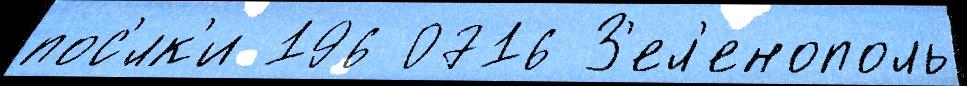
пос'́лк'и 196 0716 З'ел'енополь